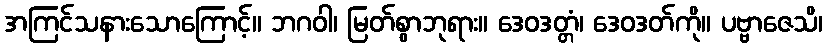
အကြင်သနားသောကြောင့်။ ဘဂဝါ၊ မြတ်စွာဘုရား။ ဒေဝဒတ္တံ၊ ဒေဝဒတ်ကို။ ပဗ္ဗာဇေသိ၊